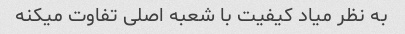
به نظر میاد کیفیت با شعبه اصلی تفاوت میکنه